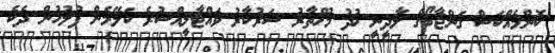
ކޮންމެއްކަސް ގަންޖާބޯގެ ލާދީނީ ޚުދު މުޚްތާރު ސަރުކާރު ވައްޓާލީއްސުރެ ކަލޭމެން ފުލުހުން ދެކެ